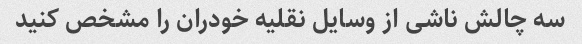
سه چالش ناشی از وسایل نقلیه خودران را مشخص کنید